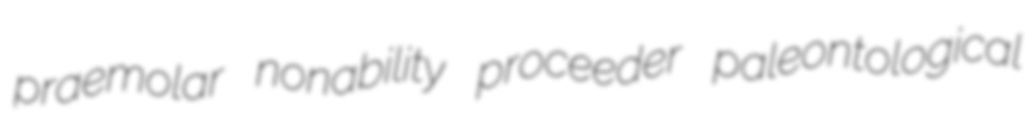
praemolar nonability proceeder paleontological